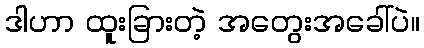
ဒါဟာ ထူးခြားတဲ့ အတွေးအခေါ်ပဲ။